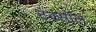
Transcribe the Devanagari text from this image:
टेक्सॉल